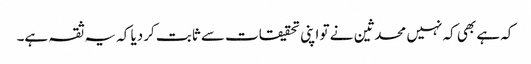
کہ ہے بھی کہ نہیں محدثین نے تو اپنی تحقیقات سے ثابت کردیا کہ یہ ثقہ ہے۔